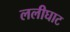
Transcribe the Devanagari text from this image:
ललीघाट